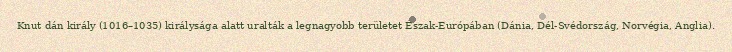
Knut dán király (1016–1035) királysága alatt uralták a legnagyobb területet Észak-Európában (Dánia, Dél-Svédország, Norvégia, Anglia).